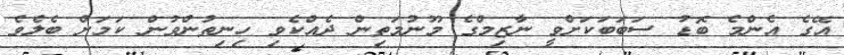
އޭގެ އެންމެ ބޮޑު ސަބަބަކަށްވީ ނާޒިމްގެ މޫނުމަތިން ދެއްކެވި ހިނިތުންވުން ކަމަށް ބެލެވެ